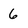
Character: 6